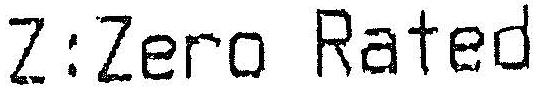
Z:ZERO RATED